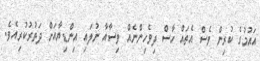
އައުމުގެ ކުރިން ވެސް އެތައް ހާސް ދިވެހިންނެއް ވިސާއާ ނުލައި އިންޑިޔާއަށް ދަތުރުކުރިއެވެ.